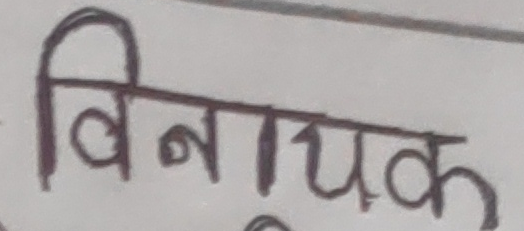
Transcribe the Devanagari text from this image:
विनायक